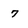
Character: 7